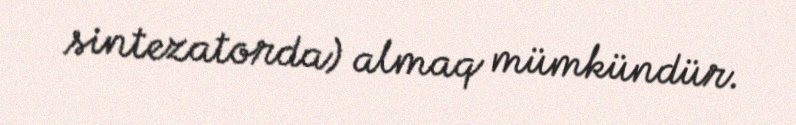
sintezatorda) almaq mümkündür.